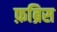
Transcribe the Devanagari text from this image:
फ़ब्रिस